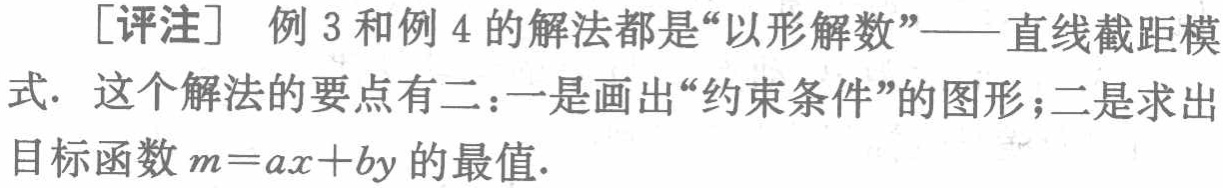
[评注] 例 3 和例 4 的解法都是“以形解数”——直线截距模式. 这个解法的要点有二：一是画出“约束条件”的图形；二是求出目标函数 \(m = ax + by\) 的最值.